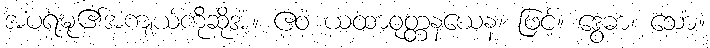
အပရဍ္ဎု၏အကျယ်ကိုဆိုအံ့။ ဧဝံ ယထာဝုတ္တနယေန၊ ဖြင့်။ ဒွေဓာ၊ သော။